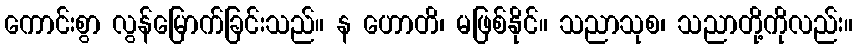
ကောင်းစွာ လွန်မြောက်ခြင်းသည်။ န ဟောတိ၊ မဖြစ်နိုင်။ သညာသုစ၊ သညာတို့ကိုလည်း။